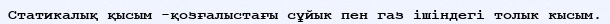
Статикалық қысым -қозғалыстағы сұйык пен газ ішіндегі толык кысым.